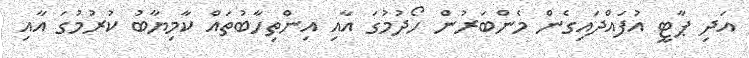
އަދި ޕާޓީ އުފައްދައިގެން މެންބަރުން ހޯދުމުގަ އާއި އިންތިހާބުތައް ކާމިޔާބު ކުރުމުގަަ އާއި